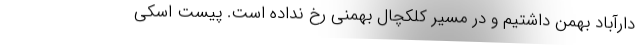
دارآباد بهمن داشتیم و در مسیر کلکچال بهمنی رخ نداده است. پیست اسکی